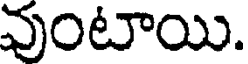
వుంటాయి.